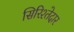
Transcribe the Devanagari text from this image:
सिरिश्तेदार